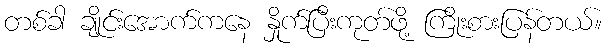
တစ်ခါ ချိုင်းအောက်ကနေ နှိုက်ပြီးကုတ်ဖို့ ကြိုးစားပြန်တယ်။